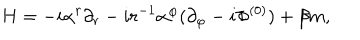
H = - i \alpha ^ { r } \partial _ { r } - i r ^ { - 1 } \alpha ^ { \varphi } ( \partial _ { \varphi } - i \Phi ^ { ( 0 ) } ) + \beta m ,